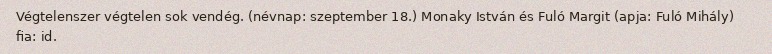
Végtelenszer végtelen sok vendég. (névnap: szeptember 18.) Monaky István és Fuló Margit (apja: Fuló Mihály) fia: id.